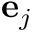
\mathbf { e } _ { j }